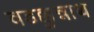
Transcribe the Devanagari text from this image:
वडक्कुन्नाथ